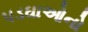
પડઘાઓનો